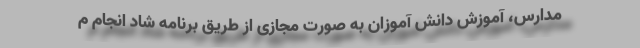
مدارس، آموزش دانش آموزان به صورت مجازی از طریق برنامه شاد انجام م